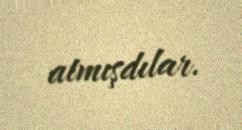
atmışdılar.